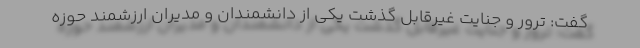
گفت: ترور و جنایت غیرقابل گذشت یکی از دانشمندان و مدیران ارزشمند حوزه